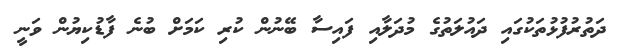
ދަތުރުފުޅުތަކުގައި ދައުލަތުގެ މުދަލާއި ފައިސާ ބޭނުން ކުރި ކަމަށް ބުނެ ފާޑުކިޔުން ވަނީ